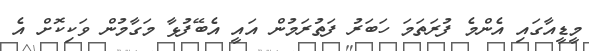
މީޑީއާގައި އެންމެ ފުރަތަމަ ހަބަރު ފަތުރަމުން އައީ އެބޭފުޅާ މަގާމުން ވަކިކޮށް އެ